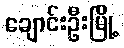
ချောင်းဦးမြို့